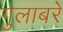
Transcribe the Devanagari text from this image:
गुलाबरे